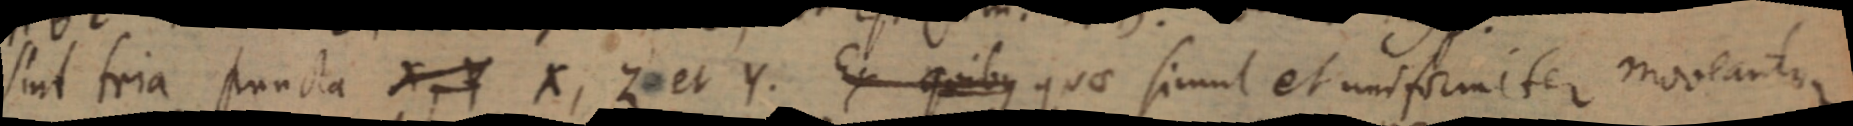
sint tria puncta X, Y X, Z et Y. Ex quibus quae simul et uniformiter moveantur